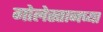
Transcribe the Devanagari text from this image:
गोलेस्तानच्या